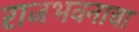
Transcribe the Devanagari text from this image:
राजभवनाचा